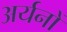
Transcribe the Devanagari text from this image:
अर्यनों